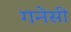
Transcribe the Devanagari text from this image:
गनेसी